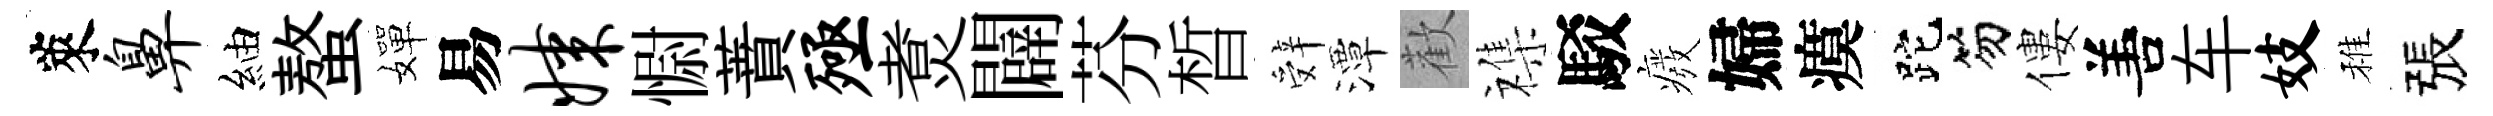
萊鼻紬螯嬋易媒𢠢蕡殛煑闢芬晳辤潭歡襍駁癈婦瘼跎笏僂𠵊车妓稚張